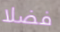
فضلا